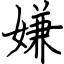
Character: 嫌